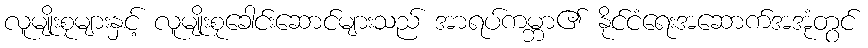
လူမျိုးစုများနှင့် လူမျိုးစုခေါင်းဆောင်များသည် အာရပ်ကမ္ဘာ၏ နိုင်ငံရေးအဆောက်အအုံတွင်